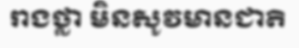
រាងថ្លា មិនសូវមានជាតិ